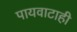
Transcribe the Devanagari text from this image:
पायवाटाही